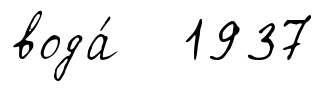
вода́ 1937